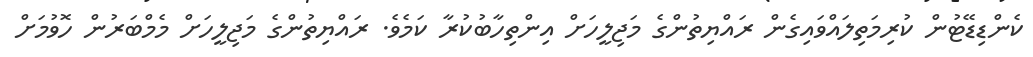
ކެންޑިޑޭޓުން ކުރިމަތިލައްވައިގެން ރައްޔިތުންގެ މަޖިލީހަށް އިންތިހާބުކުރާ ކަމެވެ. ރައްޔިތުންގެ މަޖިލީހަށް މެމްބަރުން ހޮވުމަށް